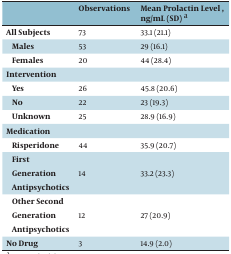
<table><thead><tr><td><b> </b></td><td><b>Observations</b></td><td><b>Mean Prolactin Level, ng/mL (SD) a</b></td></tr></thead><tbody><tr><td><b>All Subjects</b></td><td>73</td><td>33.1 (21.1)</td></tr><tr><td><b>Males</b></td><td>53</td><td>29 (16.1)</td></tr><tr><td><b>Females</b></td><td>20</td><td>44 (28.4)</td></tr><tr><td colspan="3"><b>Intervention</b></td></tr><tr><td><b>Yes</b></td><td>26</td><td>45.8 (20.6)</td></tr><tr><td><b>No</b></td><td>22</td><td>23 (19.3)</td></tr><tr><td><b>Unknown</b></td><td>25</td><td>28.9 (16.9)</td></tr><tr><td colspan="3"><b>Medication</b></td></tr><tr><td><b>Risperidone</b></td><td>44</td><td>35.9 (20.7)</td></tr><tr><td><b>First Generation Antipsychotics</b></td><td>14</td><td>33.2 (23.3)</td></tr><tr><td><b>Other Second Generation Antipsychotics</b></td><td>12</td><td>27 (20.9)</td></tr><tr><td><b>No Drug</b></td><td>3</td><td>14.9 (2.0)</td></tr></tbody></table>